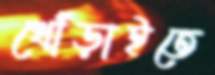
খোঁড়াইতে